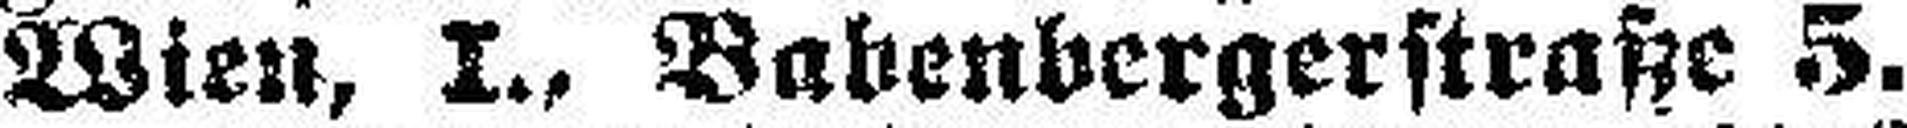
Wien, I., Babenbergerstraße 5.